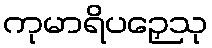
ကုမာရိပဉှေသု